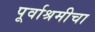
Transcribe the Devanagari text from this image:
पूर्वाश्रमीचा